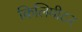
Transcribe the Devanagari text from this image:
किलिमीटर